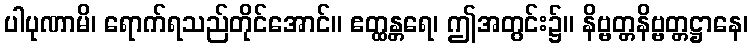
ပါပုဏာမိ၊ ရောက်ရသည်တိုင်အောင်။ ဧတ္ထန္တရေ၊ ဤအတွင်း၌။ နိဗ္ဗတ္တနိဗ္ဗတ္တဋ္ဌာနေ၊